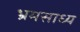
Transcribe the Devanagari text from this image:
भ्रमसाध्य